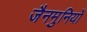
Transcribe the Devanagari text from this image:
जैनमुनियों